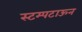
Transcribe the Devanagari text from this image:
स्टम्पटाऊन